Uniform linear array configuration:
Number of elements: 48
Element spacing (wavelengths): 0.5
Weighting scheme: uniform
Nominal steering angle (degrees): -30
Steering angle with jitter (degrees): -30.889
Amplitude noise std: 0.05
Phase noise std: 0.05

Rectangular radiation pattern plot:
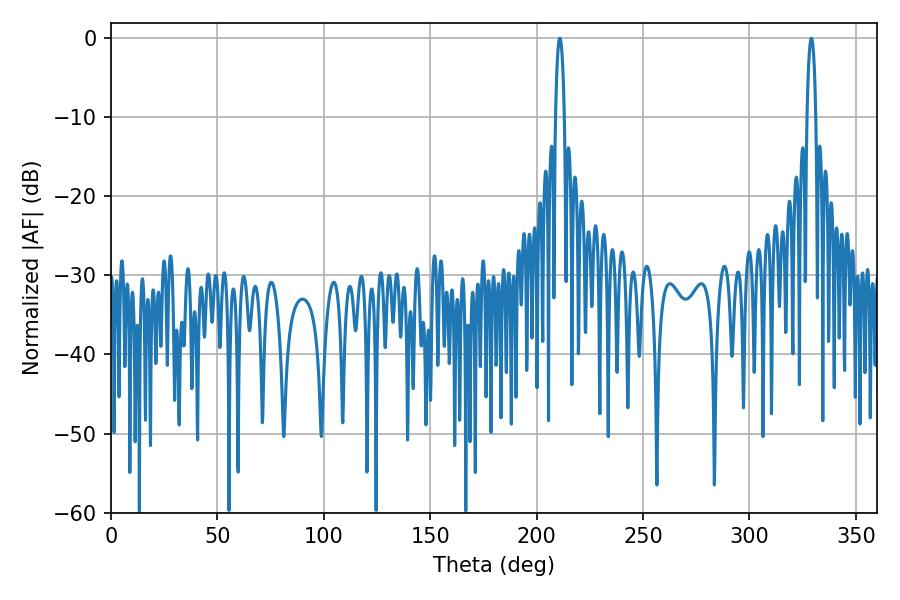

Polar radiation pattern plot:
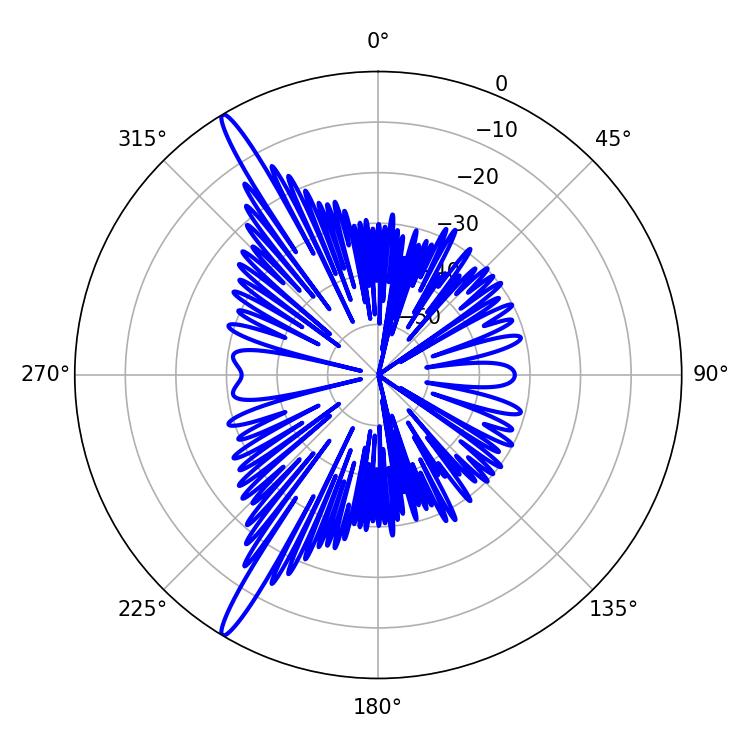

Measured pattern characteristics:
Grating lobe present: FALSE
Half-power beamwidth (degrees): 2.34
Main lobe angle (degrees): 329.04